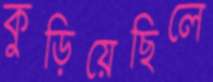
কুড়িয়েছিলে